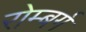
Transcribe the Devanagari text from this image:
रोम्बर्ग